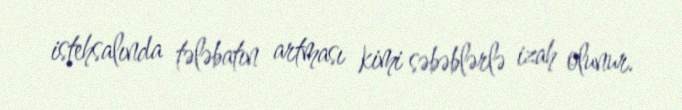
istehsalında tələbatın artması kimi səbəblərlə izah olunur.